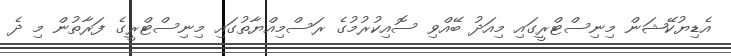
އެޑިޔުކޭޝަން މިނިސްޓްރީގައި މިއަދު ބޭއްވި ސޮއިކުރުމުގެ ރަސްމިއްޔާތުގައި މިނިސްޓްރީގެ ފަރާތުން މި ދެ